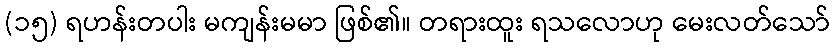
(၁၅) ရဟန်းတပါး မကျန်းမမာ ဖြစ်၏။ တရားထူး ရသလောဟု မေးလတ်သော်